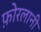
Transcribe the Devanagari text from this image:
फ़ोरलानी